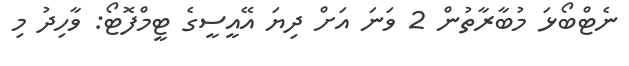
ނެޓްބޯޅަ މުބާރާތުން 2 ވަނަ އަށް ދިޔަ އޭއީސީގެ ޓީމްފޮޓޯ: ވާހިދު މި